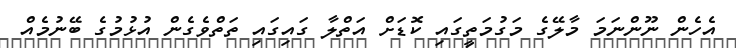
އެހެން ނޫންނަމަ މާލޭގެ މަގުމަތީގައި ކޮޑަށް އަތްލާ ގައިގައި ތަތްވެގެން އުޅުމުގެ ބޭނުމެއް